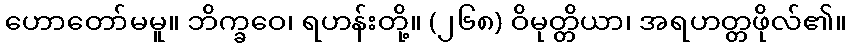
ဟောတော်မမူ။ ဘိက္ခဝေ၊ ရဟန်းတို့။ (၂၆၈) ဝိမုတ္တိယာ၊ အရဟတ္တဖိုလ်၏။